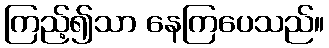
ကြည့်၍သာ နေကြပေသည်။